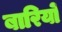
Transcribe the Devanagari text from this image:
बारियों